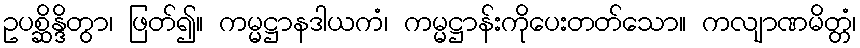
ဥပစ္ဆိန္ဒိတွာ၊ ဖြတ်၍။ ကမ္မဋ္ဌာနဒါယကံ၊ ကမ္မဋ္ဌာန်းကိုပေးတတ်သော။ ကလျာဏမိတ္တံ၊